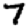
Digit: 7